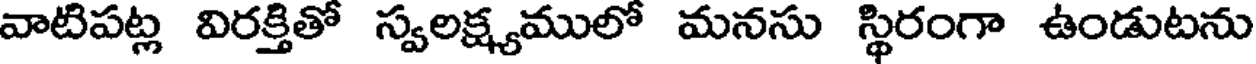
వాటిపట్ల విరక్తితో స్వలక్ష్యములో మనసు స్థిరంగా ఉండుటను